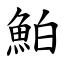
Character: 鮊